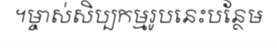
។ម្ចាស់សិប្បកម្មរូបនេះបន្ថែម